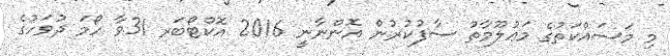
މި މަސައްކަތުގެ މަޢުލޫމާތު ސާފުކުރުން އޮންނާނީ 2016 އޮކްޓޯބަރ 31ވާ ހޯމަ ދުވަހުގެ